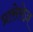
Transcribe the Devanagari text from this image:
प्रासेसेज़